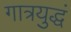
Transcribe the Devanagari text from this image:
गात्रयुद्धं